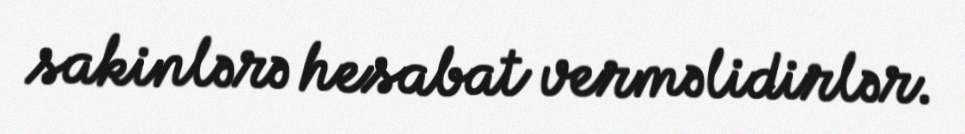
sakinlərə hesabat verməlidirlər.